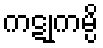
ကဋုကမ္ပိ